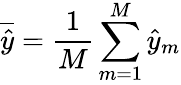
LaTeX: \overline{{\hat{y}}}=\frac{1}{M}\sum_{m=1}^{M}\hat{y}_{m}